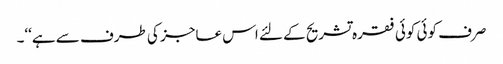
صرف کوئی کوئی فقرہ تشریح کے لئے اس عاجز کی طرف سے ہے‘‘۔